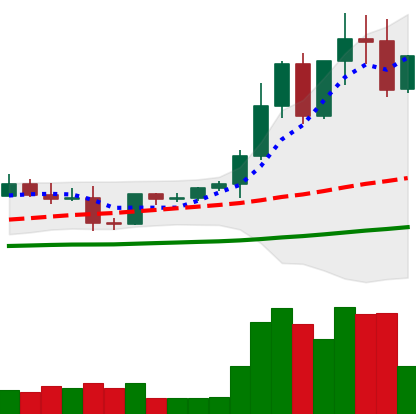
Ticker: EOS-USD
Chart end date: 2021-04-08
Forward return: 14.597%
Label: up_7plus